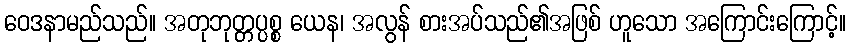
ဝေဒနာမည်သည်။ အတုဘုတ္တပ္ပစ္စ ယေန၊ အလွန် စားအပ်သည်၏အဖြစ် ဟူသော အကြောင်းကြောင့်။